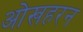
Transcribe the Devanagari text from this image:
ओखहरन